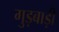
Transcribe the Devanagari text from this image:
गुड़बाड़ी